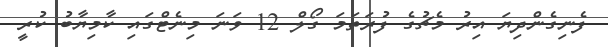
ފެނިގެންދިޔަ އިރު މެޗުގެ ފުރަތަމަ ގޯލް 12 ވަނަ މިނެޓްގައި ކާމިޔާބު ކުރީ